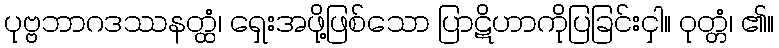
ပုဗ္ဗဘာဂဒဿနတ္ထံ၊ ရှေးအဖို့ဖြစ်သော ပြာဋိဟာကိုပြခြင်းငှါ။ ဝုတ္တံ၊ ၏။